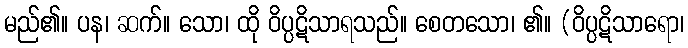
မည်၏။ ပန၊ ဆက်။ သော၊ ထို ဝိပ္ပဋိသာရသည်။ စေတသော၊ ၏။ (ဝိပ္ပဋိသာရော၊